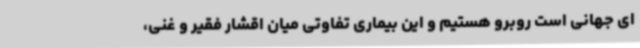
ای جهانی است روبرو هستیم و این بیماری تفاوتی میان اقشار فقیر و غنی،